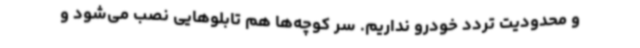
و محدودیت تردد خودرو نداریم. سر کوچه‌ها هم تابلوهایی نصب می‌شود و